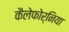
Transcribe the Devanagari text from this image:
कैलेफोर्निया